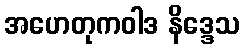
အဟေတုကဝါဒ နိဒ္ဒေသ